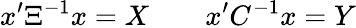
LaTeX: x^{\prime}\Xi^{-1}x=X\qquad x^{\prime}C^{-1}x=Y